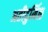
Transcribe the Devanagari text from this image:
अतीदुर्मिळ